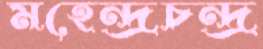
মহেন্দ্রচন্দ্র